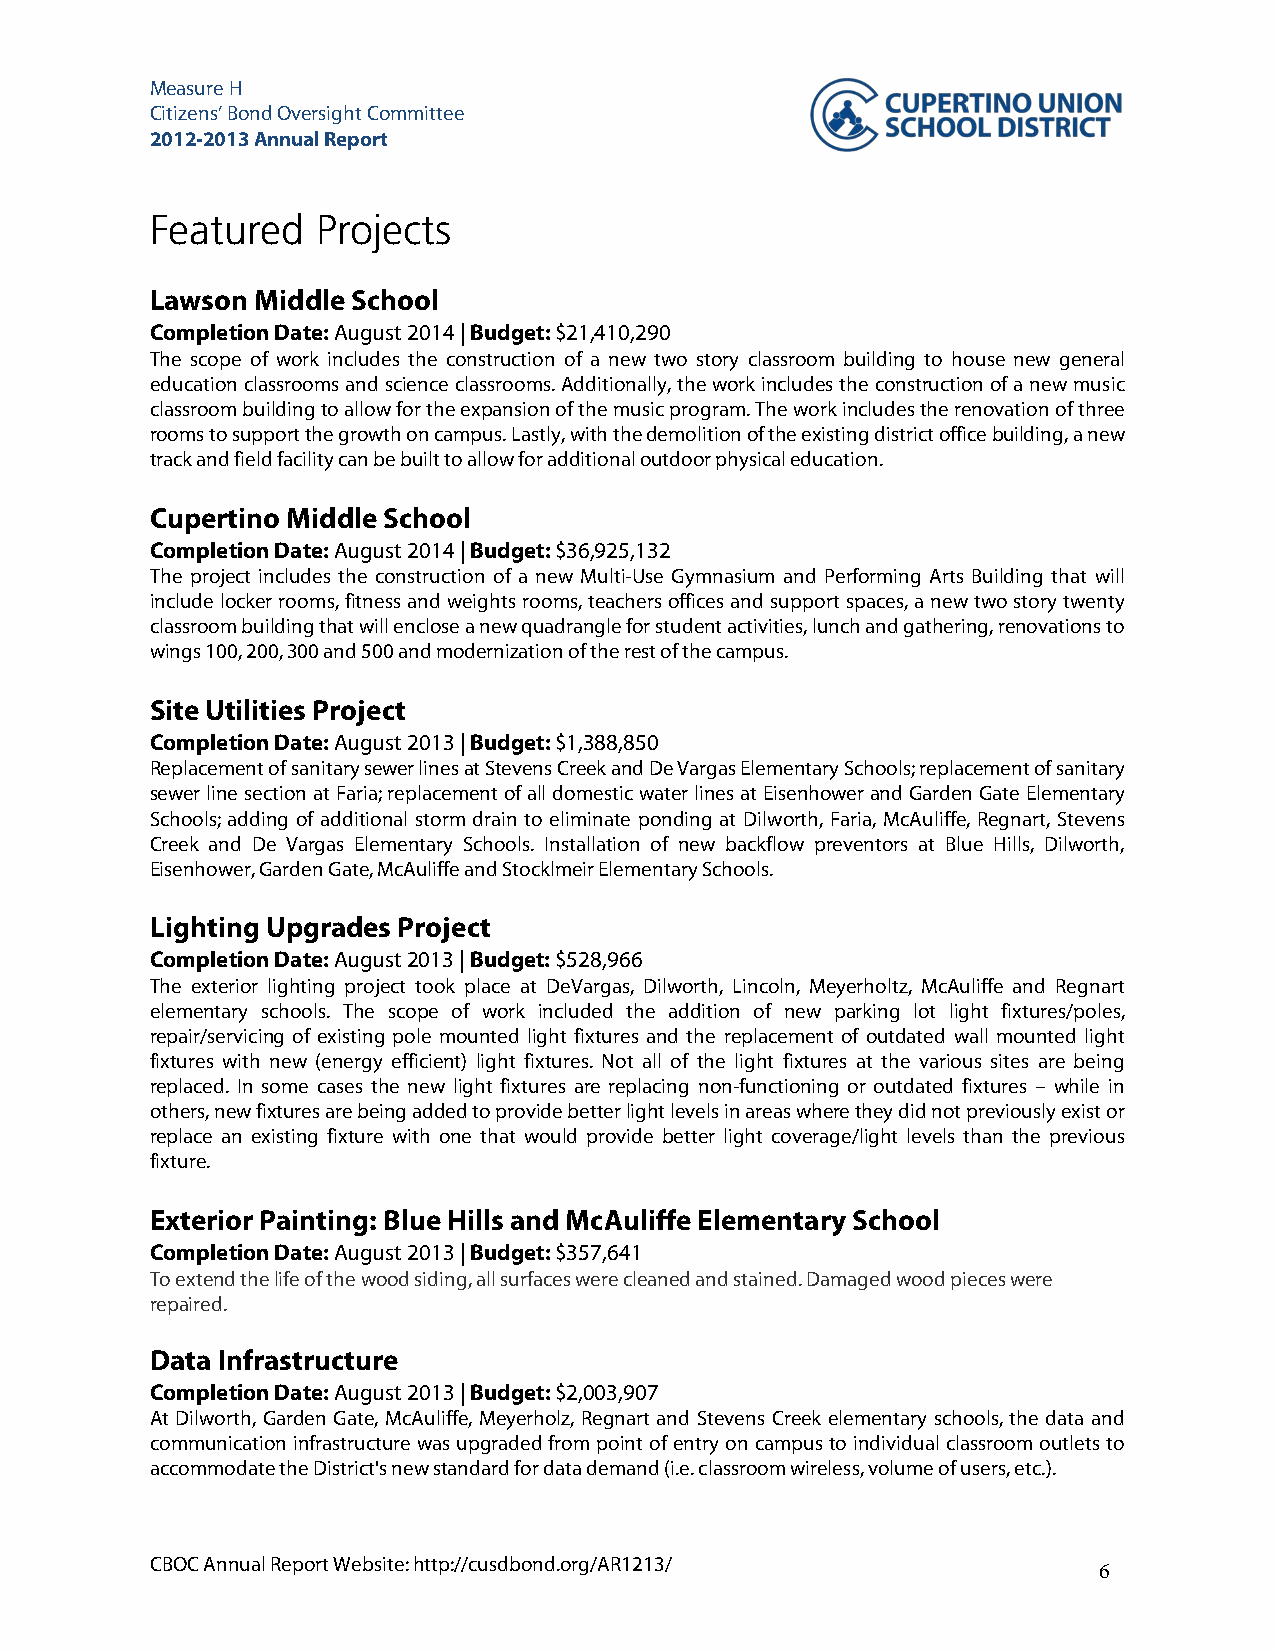
Measure H
 Citizens’ Bond Oversight Committee
 2012-2013 Annual Report
 Featured   Projects
 Lawson Middle School
 Completion Date: August 2014 | Budget: $21,410,290
 The scope of work includes the construction of a new two story classroom building to house new general
 education classrooms and science classrooms. Additionally, the work includes the construction of a new music
 classroom building to allow for the expansion of the music program. The work includes the renovation of three
 rooms to support the growth on campus. Lastly, with the demolition of the existing district office building, a new
 track and field facility can be built to allow for additional outdoor physical education.
 Cupertino Middle School
 Completion Date: August 2014 | Budget: $36,925,132
 The project includes the construction of a new Multi-Use Gymnasium and Performing Arts Building that will
 include locker rooms, fitness and weights rooms, teachers offices and support spaces, a new two story twenty
 classroom building that will enclose a new quadrangle for student activities, lunch and gathering, renovations to
 wings 100, 200, 300 and 500 and modernization of the rest of the campus.
 Site Utilities Project
 Completion Date: August 2013 | Budget: $1,388,850
 Replacement of sanitary sewer lines at Stevens Creek and De Vargas Elementary Schools; replacement of sanitary
 sewer line section at Faria; replacement of all domestic water lines at Eisenhower and Garden Gate Elementary
 Schools; adding of additional storm drain to eliminate ponding at Dilworth, Faria, McAuliffe, Regnart, Stevens
 Creek and De Vargas Elementary Schools. Installation of new backflow preventors at Blue Hills, Dilworth,
 Eisenhower, Garden Gate, McAuliffe and Stocklmeir Elementary Schools.
 Lighting Upgrades Project
 Completion Date: August 2013 | Budget: $528,966
 The exterior lighting project took place at DeVargas, Dilworth, Lincoln, Meyerholtz, McAuliffe and Regnart
 elementary schools. The scope of work included the addition of new parking lot light fixtures/poles,
 repair/servicing of existing pole mounted light fixtures and the replacement of outdated wall mounted light
 fixtures with new (energy efficient) light fixtures. Not all of the light fixtures at the various sites are being
 replaced. In some cases the new light fixtures are replacing non-functioning or outdated fixtures – while in
 others, new fixtures are being added to provide better light levels in areas where they did not previously exist or
 replace an existing fixture with one that would provide better light coverage/light levels than the previous
 fixture.
 Exterior Painting: Blue Hills and McAuliffe Elementary School
 Completion Date: August 2013 | Budget: $357,641
 To extend the life of the wood siding, all surfaces were cleaned and stained. Damaged wood pieces were
 repaired.
 Data Infrastructure
 Completion Date: August 2013 | Budget: $2,003,907
 At Dilworth, Garden Gate, McAuliffe, Meyerholz, Regnart and Stevens Creek elementary schools, the data and
 communication infrastructure was upgraded from point of entry on campus to individual classroom outlets to
 accommodate the District's new standard for data demand (i.e. classroom wireless, volume of users, etc.).
 CBOC Annual Report Website: http://cusdbond.org/AR1213/
 6